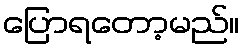
ပြောရတော့မည်။